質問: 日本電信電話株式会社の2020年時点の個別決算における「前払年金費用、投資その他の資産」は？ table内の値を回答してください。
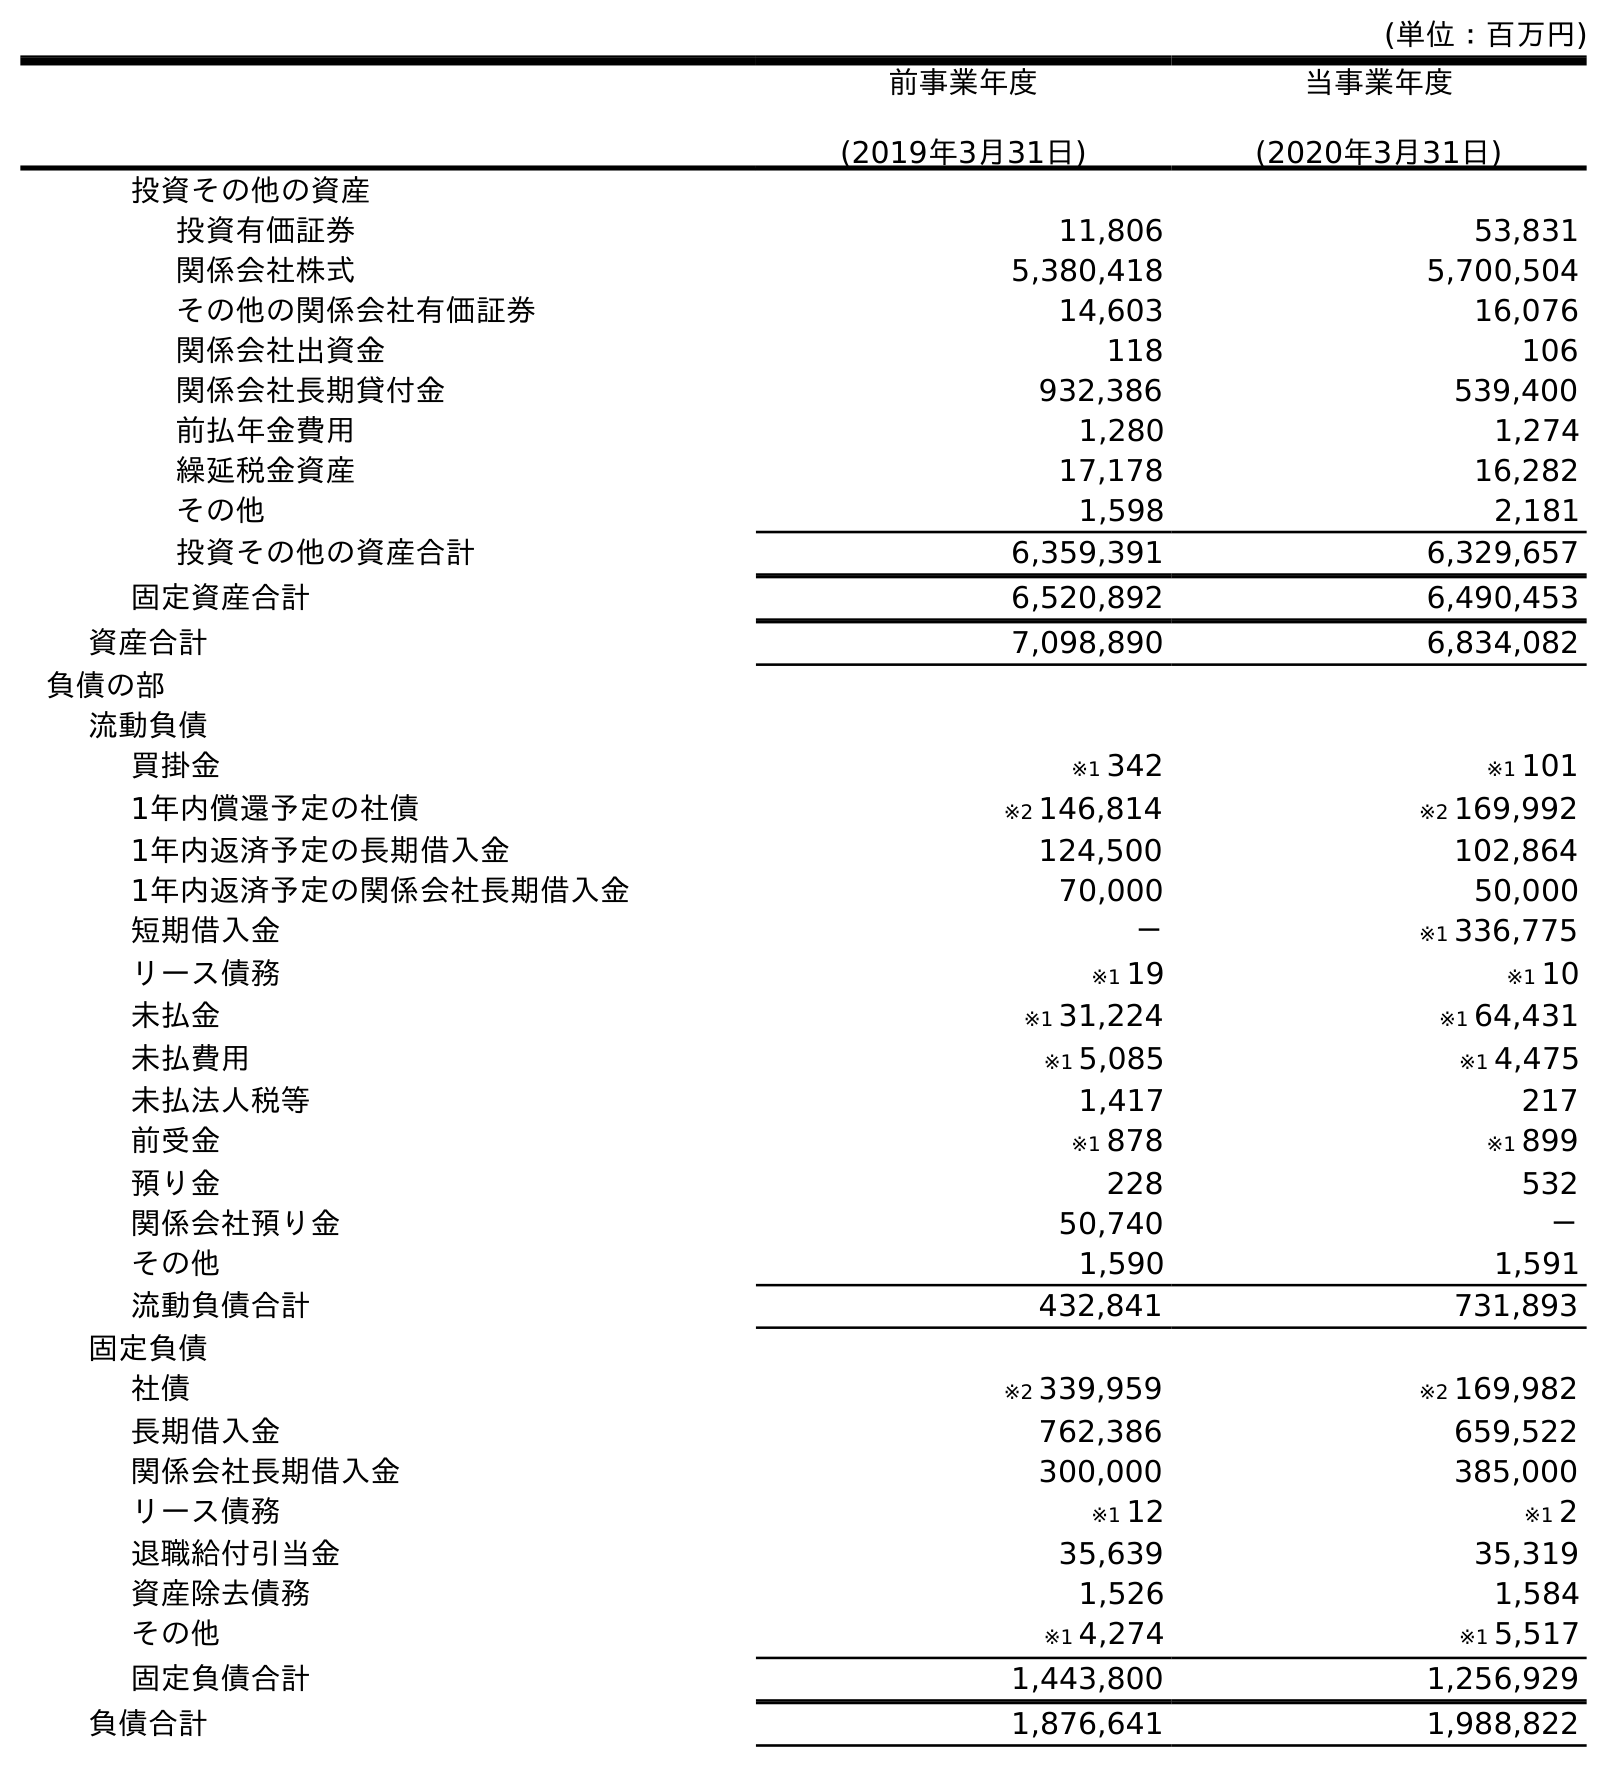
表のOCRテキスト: (単位：百万円) 前事業年度 (2019年3月31日) 当事業年度 (2020年3月31日) 投資その他の資産 投資有価証券 11,806 53,831 関係会社株式 5,380,418 5,700,504 その他の関係会社有価証券 14,603 16,076 関係会社出資金 118 106 関係会社長期貸付金 932,386 539,400 前払年金費用 1,280 1,274 繰延税金資産 17,178 16,282 その他 1,598 2,181 投資その他の資産合計 6,359,391 6,329,657 固定資産合計 6,520,892 6,490,453 資産合計 7,098,890 6,834,082 負債の部 流動負債 買掛金 ※1 342 ※1 101 1年内償還予定の社債 ※2 146,814 ※2 169,992 1年内返済予定の長期借入金 124,500 102,864 1年内返済予定の関係会社長期借入金 70,000 50,000 短期借入金 － ※1 336,775 リース債務 ※1 19 ※1 10 未払金 ※1 31,224 ※1 64,431 未払費用 ※1 5,085 ※1 4,475 未払法人税等 1,417 217 前受金 ※1 878 ※1 899 預り金 228 532 関係会社預り金 50,740 － その他 1,590 1,591 流動負債合計 432,841 731,893 固定負債 社債 ※2 339,959 ※2 169,982 長期借入金 762,386 659,522 関係会社長期借入金 300,000 385,000 リース債務 ※1 12 ※1 2 退職給付引当金 35,639 35,319 資産除去債務 1,526 1,584 その他 ※1 4,274 ※1 5,517 固定負債合計 1,443,800 1,256,929 負債合計 1,876,641 1,988,822
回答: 1,274